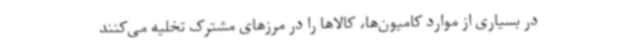
در بسیاری از موارد کامیون‌ها، کالاها را در مرزهای مشترک تخلیه می‌کنند